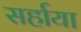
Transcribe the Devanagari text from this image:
सर्हाया